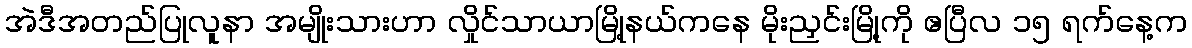
အဲဒီအတည်ပြုလူနာ အမျိုးသားဟာ လှိုင်သာယာမြို့နယ်ကနေ မိုးညှင်းမြို့ကို ဧပြီလ ၁၅ ရက်နေ့က